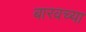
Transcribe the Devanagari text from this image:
बारवच्या